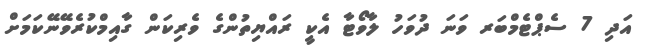
އަދި 7 ސެޕްޓެމްބަރ ވަނަ ދުވަހު ލާވޯޓާ އެކީ ރައްޔިތުންގެ ވެރިކަން ގާއިމްކުރެވޭނޭކަމަށް